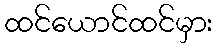
ထင်ယောင်ထင်မှား